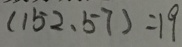
( 1 5 2 , 5 7 ) = 1 9